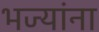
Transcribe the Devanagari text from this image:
भज्यांना